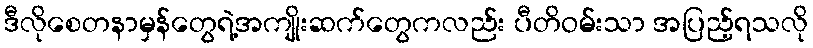
ဒီလိုစေတနာမှန်တွေရဲ့အကျိုးဆက်တွေကလည်း ပီတိဝမ်းသာ အပြည့်ရသလို